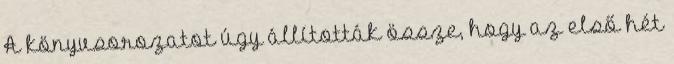
A könyvsorozatot úgy állították össze, hogy az első hét